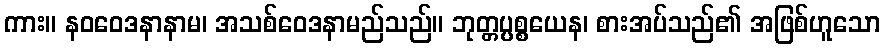
ကား။ နဝဝေဒနာနာမ၊ အသစ်ဝေဒနာမည်သည်။ ဘုတ္တပ္ပစ္စယေန၊ စားအပ်သည်၏ အဖြစ်ဟူသော